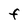
Character: F